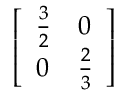
\left[ \begin{array} { l l } { { \frac { 3 } { 2 } } } & { 0 } \\ { 0 } & { { \frac { 2 } { 3 } } } \end{array} \right]